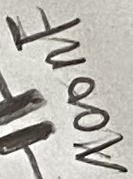
Text: 1000nF